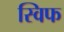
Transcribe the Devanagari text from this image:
स्विफ